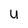
Character: u